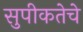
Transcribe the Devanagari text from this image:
सुपीकतेचे